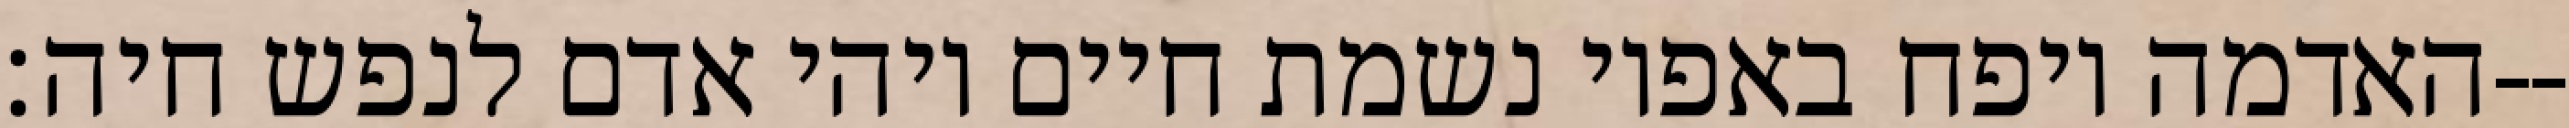
האדמה ויפח באפיו נשמת חיים ויהי אדם לנפש חיה׃--